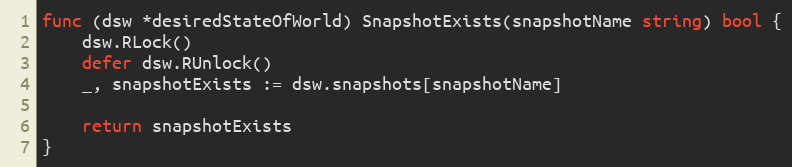
Language: Go
func (dsw *desiredStateOfWorld) SnapshotExists(snapshotName string) bool {
	dsw.RLock()
	defer dsw.RUnlock()
	_, snapshotExists := dsw.snapshots[snapshotName]

	return snapshotExists
}